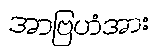
အာဗြဟံအား